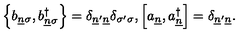
\left\{ b _ { \underline { { n } } \sigma } , b _ { \underline { { n } } \sigma } ^ { \dagger } \right\} = \delta _ { \underline { { n } } ^ { \prime } \underline { { n } } } \delta _ { \sigma ^ { \prime } \sigma } , \left[ a _ { \underline { { n } } } , a _ { \underline { { n } } } ^ { \dagger } \right] = \delta _ { \underline { { n } } ^ { \prime } \underline { { n } } } .